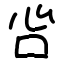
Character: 吢